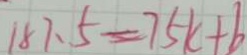
1 8 7 . 5 = 7 5 k + b